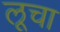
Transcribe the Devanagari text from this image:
लूचा